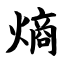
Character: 熵